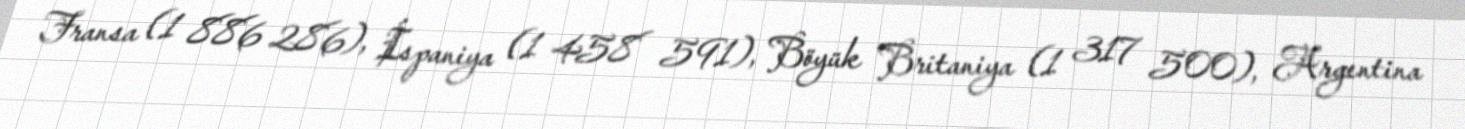
Fransa (1 886 286), İspaniya (1 458 591), Böyük Britaniya (1 317 500), Argentina